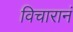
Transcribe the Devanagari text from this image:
विचारानं